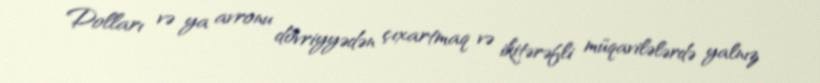
Dolları və ya avronu dövriyyədən çıxartmaq və ikitərəfli müqavilələrdə yalnız